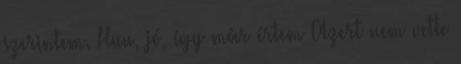
szerintem. Huu, jó, így már értem Azert nem vette